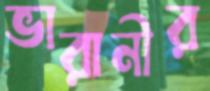
ভারানীর